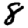
Digit: 8